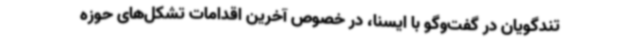
تندگویان در گفت‌وگو با ایسنا، در خصوص آخرین اقدامات تشکل‌های حوزه